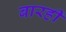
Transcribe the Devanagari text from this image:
बारहीं